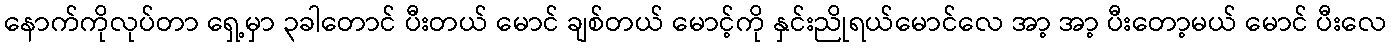
နောက်ကိုလုပ်တာ ရှေ့မှာ ၃ခါတောင် ပီးတယ် မောင် ချစ်တယ် မောင့်ကို နှင်းညိုရယ်မောင်လေ အာ့ အာ့ ပီးတော့မယ် မောင် ပီးလေ